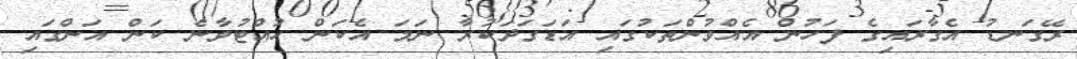
ރޭގަނޑު އެގާރައިގެ ފަހުން އެއްވުންތަކުގައި އަޑަގަދަކުރާ ނަމަ އެކަން ހުއްޓުވާނެ ކަން އަންގައި